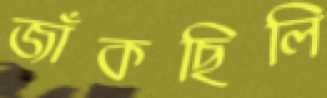
জাঁকছিলি